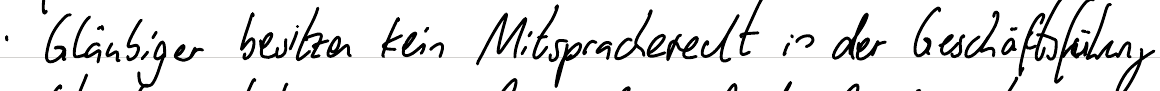
Gläubiger besitzen kein Mitspracherecht in der Geschäftsführung